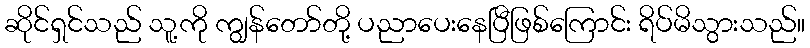
ဆိုင်ရှင်သည် သူ့ကို ကျွန်တော်တို့ ပညာပေးနေပြီဖြစ်ကြောင်း ရိပ်မိသွားသည်။